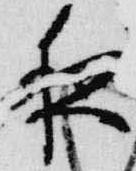
夜